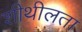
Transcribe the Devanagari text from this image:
शीथीलता